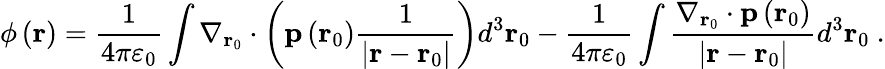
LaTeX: \phi\left(\mathbf{r}\right)={\frac{1}{4\pi\varepsilon_{0}}}\int\nabla_{\mathbf{r}_{0}}\cdot\left(\mathbf{p}\left(\mathbf{r}_{0}\right){\frac{1}{\left|\mathbf{r}-\mathbf{r}_{0}\right|}}\right)d^{3}\mathbf{r}_{0}-{\frac{1}{4\pi\varepsilon_{0}}}\int{\frac{\nabla_{\mathbf{r}_{0}}\cdot\mathbf{p}\left(\mathbf{r}_{0}\right)}{\left|\mathbf{r}-\mathbf{r}_{0}\right|}}d^{3}\mathbf{r}_{0}\ .